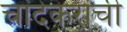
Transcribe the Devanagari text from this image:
चांदेकरांची